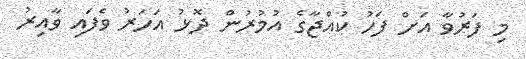
މި ފަރުވާ އަށް ފަހު ކުއްޖާގެ އުމުރުން ދޮޅު އަހަރު ވެފައި ވާއިރު